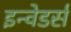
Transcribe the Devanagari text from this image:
इन्वेडर्स